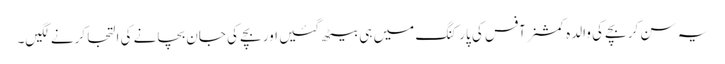
یہ سن کر بچے کی والدہ کمشنر آفس کی پارکنگ میں ہی بیٹھ گئیں اور بچے کی جان بچانے کی التجا کرنے لگیں۔